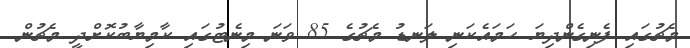
މެޗުގައި ފެނިގެންދިޔަ ހަމައެކަނި ލަނޑު މެޗުގެ 85 ވަނަ މިނެޓުގައި ކާމިޔާބުކޮށްދީ މެޗުން